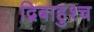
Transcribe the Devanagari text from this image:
द्विबाहुश्च